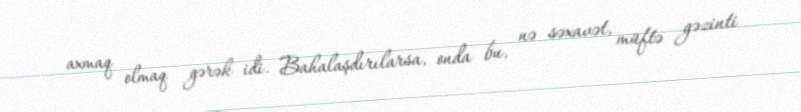
axmaq olmaq gərək idi. Bahalaşdırılarsa, onda bu, nə səxavət, müftə gəzinti